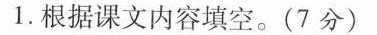
1.根据课文内容填空。(7分)